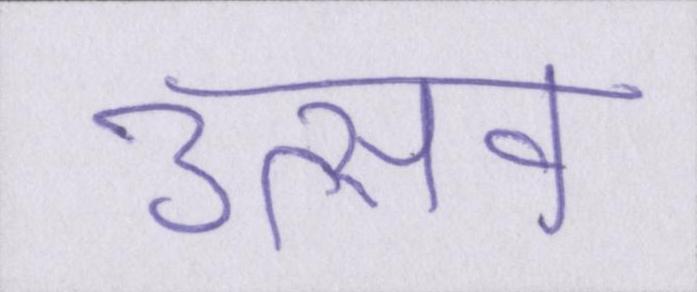
उत्सव